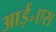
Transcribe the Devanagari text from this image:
आई॰एस